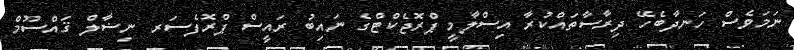
ނަމަވެސް ހަނދާބެހޭ ދިރާސާތައްކުރާ އިސްލާމީ ޕްރޮޖެކްޓްގެ ނައިބު ރައީސް ޕްރޮފެސަރ ނިޟާލް ޤައްސޫމް